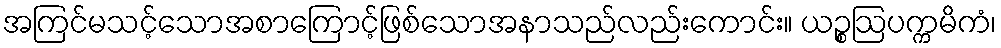
အကြင်မသင့်သောအစာကြောင့်ဖြစ်သောအနာသည်လည်းကောင်း။ ယဉ္စဩပက္ကမိကံ၊